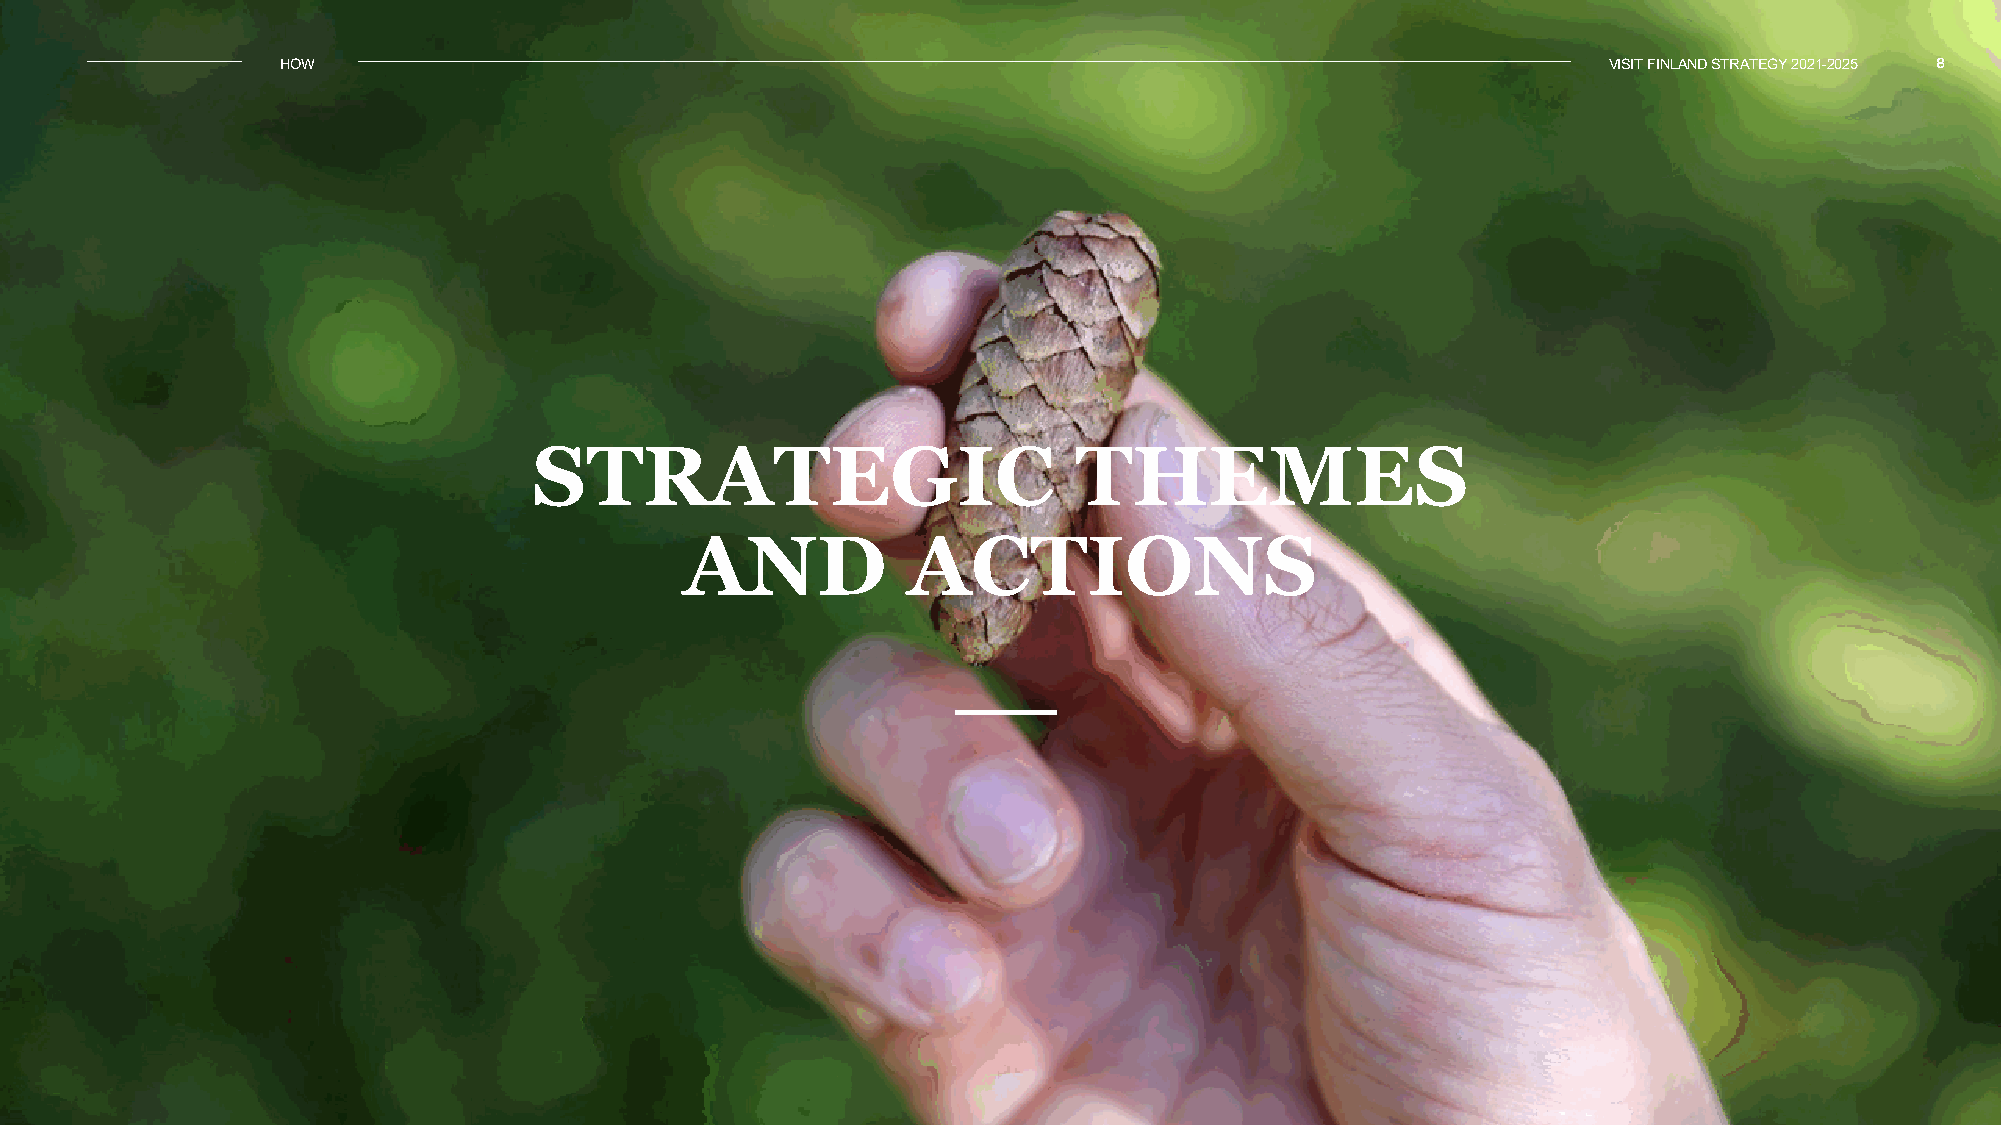
HOW                                                                                    VISIT FINLAND STRATEGY 2021-2025 8
 STRATEGIC                           THEMES
 AND            ACTIONS